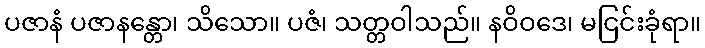
ပဇာနံ ပဇာနန္တော၊ သိသော။ ပဇံ၊ သတ္တဝါသည်။ နဝိဝဒေ၊ မငြင်းခုံရာ။